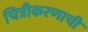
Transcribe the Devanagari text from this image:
चित्रीकरणाची